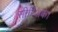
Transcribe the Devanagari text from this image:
सीरिअक।